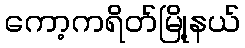
ကော့ကရိတ်မြို့နယ်